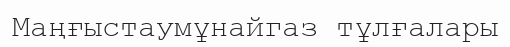
Маңғыстаумұнайгаз тұлғалары